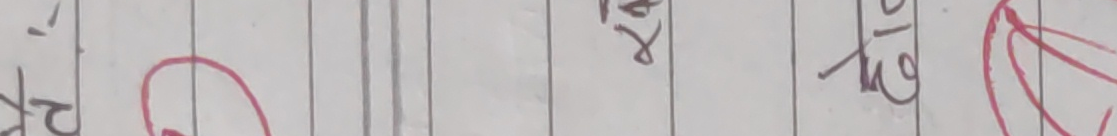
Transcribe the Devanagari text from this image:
२रे त्र को